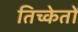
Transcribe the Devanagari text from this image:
तिच्केतों